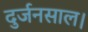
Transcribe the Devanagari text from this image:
दुर्जनसाल।